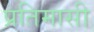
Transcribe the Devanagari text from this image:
प्रतिमासी